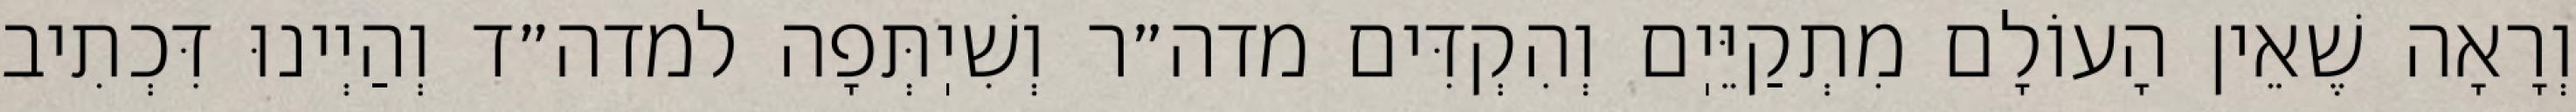
וְרָאָה שֶׁאֵין הָעוֹלָם מִתְקַיֵּיֽם וְהִקְדִּים מדה״ר וְשִׁיֽתְּפָה למדה״ד וְהַיְינוּ דִּכְתִיב